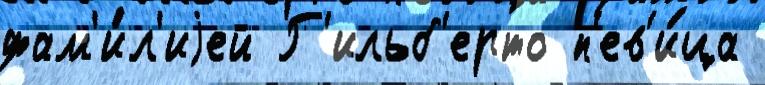
фам'и́л'иjей Г'ильб'ерто п'ев'и́ца